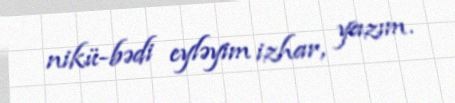
nikü-bədi eyləyim izhar, yazım.